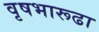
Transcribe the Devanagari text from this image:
वृषभारूढा